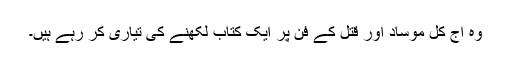
وہ آج کل موساد اور قتل کے فن پر ایک کتاب لکھنے کی تیاری کر رہے ہیں۔